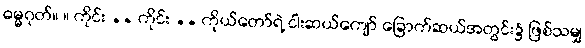
ဓမ္မဂုတ်။ ။ ကိုင်း .. ကိုင်း .. ကိုယ်တော်ရဲ့ ငါးဆယ်ကျော် ခြောက်ဆယ်အတွင်း၌ ဖြစ်သမျှ